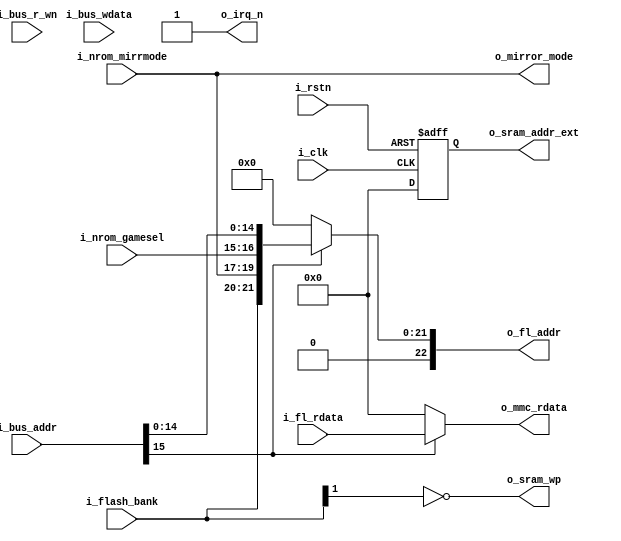
//no mapper now.
module nes_mmc_set(
    input           i_clk           ,
    input           i_rstn          ,
                                    
    input [15:0]    i_bus_addr      ,
    input [7:0]     i_bus_wdata     ,
    input           i_bus_r_wn      ,
    output[7:0]     o_mmc_rdata     ,
    
    input   [1:0]   i_flash_bank    ,
    input   [2:0]   i_nrom_mirrmode ,
    input   [1:0]   i_nrom_gamesel  ,
    output[22:0]    o_fl_addr       ,
    input [7:0]     i_fl_rdata      ,
    
    output[19:12]   o_sram_addr_ext ,
    output          o_sram_wp       ,
    output[2:0]     o_mirror_mode   ,
    output          o_irq_n
);
    parameter MMC_FUNC = 8'h00;

    wire        c_mmc_hit;
    wire        c_mmc_regw;
    reg [22:15] r_addr_ext;
    reg [19:12] r_sram_addr_ext;
    wire[21:15] c_nrom_game;
    
    
    assign  c_mmc_hit = i_bus_addr[15];
    assign  c_mmc_regw = c_mmc_hit & ~i_bus_r_wn;
    //the shit always-block below is just for test right now.
    always @(posedge i_clk or negedge i_rstn) begin
        if(~i_rstn) begin
            r_addr_ext <= 8'h0;
        end
        else begin
            r_addr_ext <= 8'h0;
        end
    end
    
    always @(posedge i_clk or negedge i_rstn) begin
        if(~i_rstn) begin
            r_sram_addr_ext <= 8'h0;
        end
        else begin
            r_sram_addr_ext <= 8'h0;
        end
    end
    
    assign  c_nrom_game = {i_flash_bank, i_nrom_mirrmode, i_nrom_gamesel};
    
    assign  o_fl_addr = c_mmc_hit ? {1'b0, c_nrom_game, i_bus_addr[14:0]} : 23'h0;
    assign  o_mmc_rdata = c_mmc_hit ? i_fl_rdata[7:0] : 8'h0;
    assign  o_sram_addr_ext = r_sram_addr_ext;
    //assign  o_mirror_mode = 3'h0; //horizontal
    assign  o_mirror_mode = i_nrom_mirrmode; //vertical
    assign o_sram_wp = ~i_flash_bank[1];
    
    assign  o_irq_n = 1'b1;
endmodule